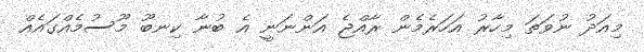
މިއަދު ނުވަތަ މިހާރު އަހަރެމެން ރާއްޖެ އަންނަނީ އެ ބުނާ ކިނބޫ މޫސުމެއްގައެއް